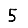
Digit: 5